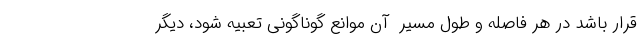
قرار باشد در هر فاصله و طول مسیر ِ آن موانع گوناگونی تعبیه شود، دیگر